Vaccination in Bombay 1902-1912 - 1902-1912
Year: 1902
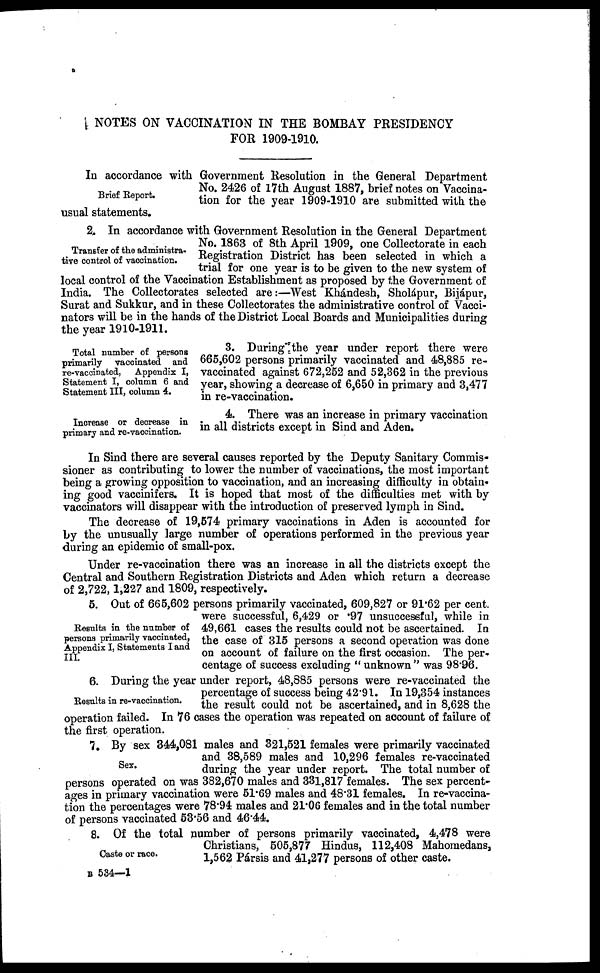
NOTES ON VACCINATION IN THE BOMBAY PRESIDENCY
FOR 1909-1910.
Brief Report.
In accordance with Government Resolution in the General Department
No. 2426 of 17th August 1887, brief notes on Vaccina-
tion for the year 1909-1910 are submitted with the
usual statements.
Transfer of the administra-
tive control of vaccination.
2. In accordance with Government Resolution in the General Department
No. 1863 of 8th April 1909, one Collectorate in each
Registration District has been selected in which a
trial for one year is to be given to the new system of
local control of the Vaccination Establishment as proposed by the Government of
India. The Collectorates selected are:—West Khándesh, Sholápur, Bijápur,
Surat and Sukkur, and in these Collectorates the administrative control of Vacci¬
nators will be in the hands of the District Local Boards and Municipalities during
the year 1910-1911.
Total number of persons
primarily vaccinated and
re-vaccinated, Appendix I,
Statement I, column 6 and
Statement III, column 4.
3. During the year under report there were
665,602 persons primarily vaccinated and 48,885 re-
vaccinated against 672,252 and 52,362 in the previous
year, showing a decrease of 6,650 in primary and 3,477
in re-vaccination.
Increase or decrease in
primary and re-vaccination.
4. There was an increase in primary vaccination
in all districts except in Sind and Aden.
In Sind there are several causes reported by the Deputy Sanitary Commis-
sioner as contributing to lower the number of vaccinations, the most important
being a growing opposition to vaccination, and an increasing difficulty in obtain-
ing good vaccinifers. It is hoped that most of the difficulties met with by
vaccinators will disappear with the introduction of preserved lymph in Sind.
The decrease of 19,574 primary vaccinations in Aden is accounted for
by the unusually large number of operations performed in the previous year
during an epidemic of small-pox.
Under re-vaccination there was an increase in all the districts except the
Central and Southern Registration Districts and Aden which return a decrease
of 2,722, 1,227 and 1809, respectively.
Results in the number of
persons primarily vaccinated,
Appendix I, Statements I and
III.
5. Out of 665,602 persons primarily vaccinated, 609,827 or 91.62 per cent.
were successful, 6,429 or .97 unsuccessful, while in
49,661 cases the results could not be ascertained. In
the case of 315 persons a second operation was done
on account of failure on the first occasion. The per-
centage of success excluding "unknown" was 98.96.
Results in re-vaccination.
6. During the year under report, 48,885 persons were re-vaccinated the
percentage of success being 42.91. In 19,354 instances
the result could not be ascertained, and in 8,628 the
operation failed. In 76 cases the operation was repeated on account of failure of
the first operation.
Sex.
7. By sex 344,081 males and 321,521 females were primarily vaccinated
and 38,589 males and 10,296 females re-vaccinated
during the year under report. The total number of
persons operated on was 382,670 males and 331,817 females. The sex percent-
ages in primary vaccination were 51.69 males and 48.31 females. In re-vaccina-
tion the percentages were 78.94 males and 21.06 females and in the total number
of persons vaccinated 53.56 and 46.44.
Caste or race.
8. Of the total number of persons primarily vaccinated, 4,478 were
Christians, 505,877 Hindus, 112,408 Mahomedans,
1,562 Pársis and 41,277 persons of other caste.
B 534—1